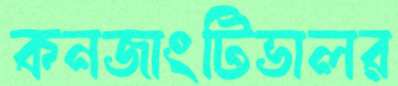
কনজাংটিভালর